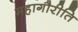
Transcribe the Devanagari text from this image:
महागौरीति